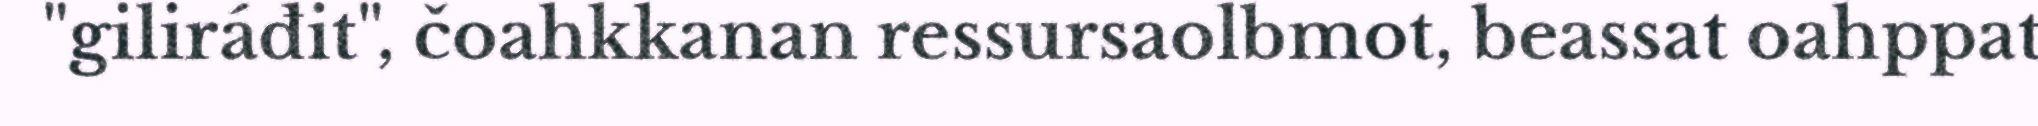
"giliráđit", čoahkkanan ressursaolbmot, beassat oahppat